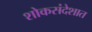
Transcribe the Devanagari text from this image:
शोकसंदेशात